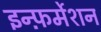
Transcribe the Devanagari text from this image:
इन्फ़र्मेशन